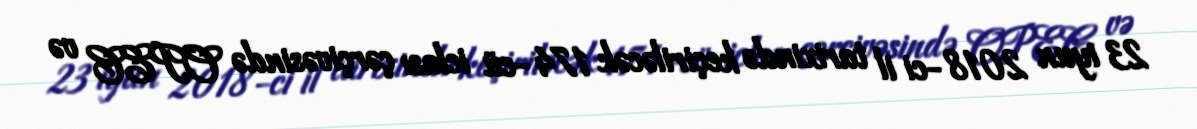
23 iyun 2018-ci il tarixində keçiriləcək 174-cü iclası çərçivəsində OPEC və